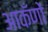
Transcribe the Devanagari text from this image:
आकँणों